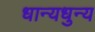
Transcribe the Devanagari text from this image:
धान्यधुन्य